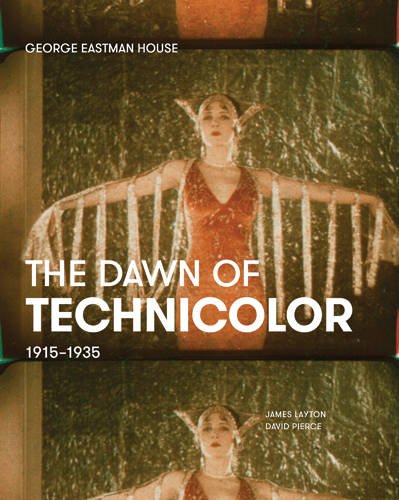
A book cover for The Dawn of Technicolor: 1915-1935; James Layton; Humor & Entertainment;